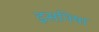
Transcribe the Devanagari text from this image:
इसनिया